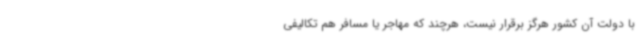
با دولت آن کشور هرگز برقرار نیست، هرچند که مهاجر یا مسافر هم تکالیفی